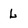
Character: L